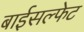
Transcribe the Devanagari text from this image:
बाईसल्फेट